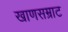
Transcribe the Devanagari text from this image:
खाणसम्राट